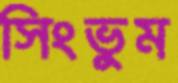
সিংভুম